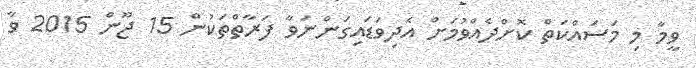
ވީމާ މި މަސައްކަތް ކޮށްދެއްވުމަށް އެދިވަޑައިގަންނަވާ ފަރާތްތަކުން 15 ޖޫން 2015 ވާ